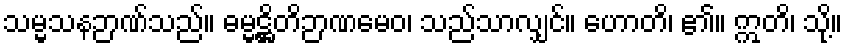
သမ္မသနဉာဏ်သည်။ ဓမ္မဋ္ဌိတိဉာဏမေဝ၊ သည်သာလျှင်။ ဟောတိ၊ ၏။ ဣတိ၊ သို့။